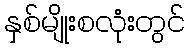
နှစ်မျိုးစလုံးတွင်